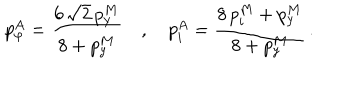
LaTeX: p _ { \varphi } ^ { A } = \frac { 6 \, \sqrt 2 \, p _ { y } ^ { M } } { 8 + p _ { y } ^ { M } } \quad , \quad p _ { i } ^ { A } = \frac { 8 \, p _ { i } ^ { M } + p _ { y } ^ { M } } { 8 + p _ { y } ^ { M } } \, .